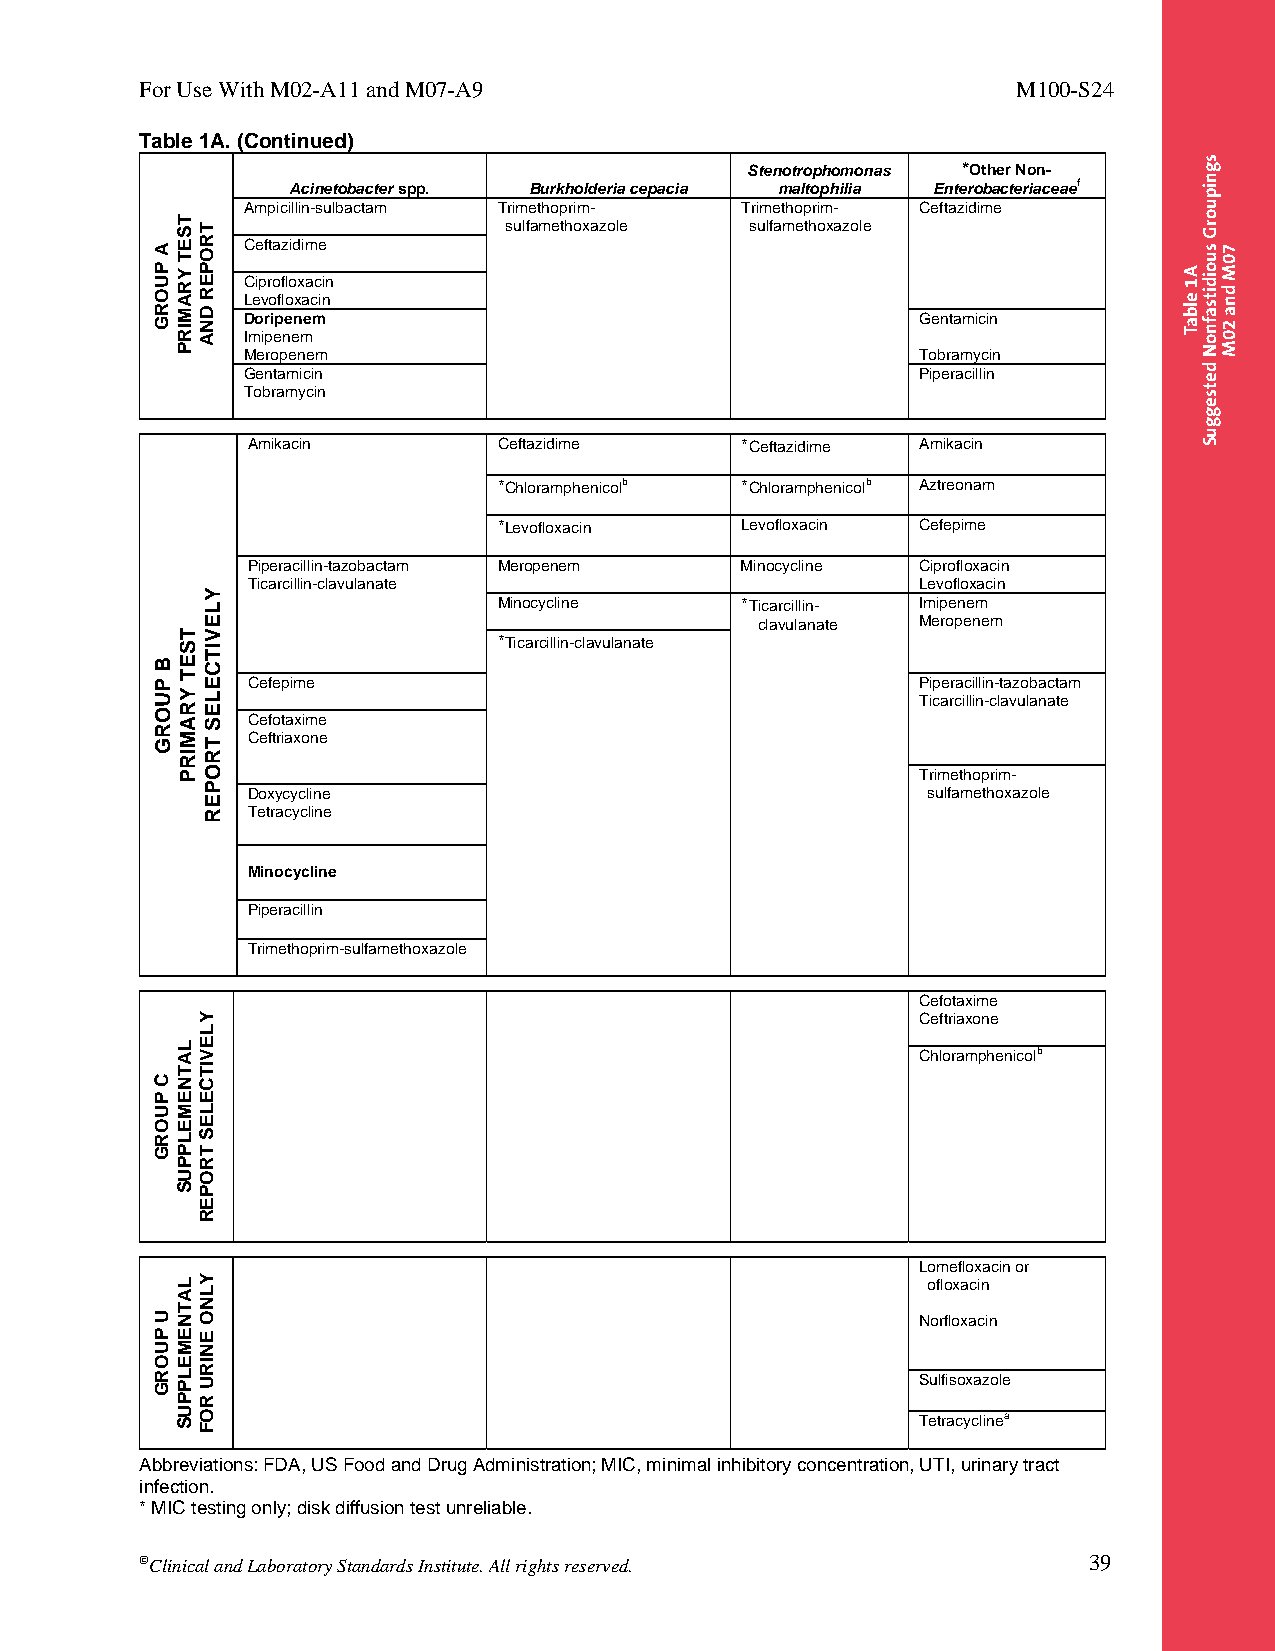
For Use With M02-A11 and M07-A9                           M100-S24
 Table 1A. (Continued)
 Stenotrophomonas *Other Non-
 Acinetobacter spp. Burkholderia cepacia maltophilia Enterobacteriaceaef
 Ampicillin-sulbactam Trimethoprim- Trimethoprim- Ceftazidime
 sulfamethoxazole sulfamethoxazole
 Ceftazidime
 Ciprofloxacin
 Levofloxacin
 Doripenem                                    Gentamicin
 Imipenem
 Meropenem                                    Tobramycin
 Gentamicin                                   Piperacillin
 Tobramycin
 Amikacin         Ceftazidime     *Ceftazidime Amikacin
 *Chloramphenicolb *Chloramphenicolb Aztreonam
 *Levofloxacin   Levofloxacin Cefepime
 Piperacillin-tazobactam Meropenem Minocycline Ciprofloxacin
 Ticarcillin-clavulanate                      Levofloxacin
 Minocycline     *Ticarcillin- Imipenem
 clavulanate Meropenem
 *Ticarcillin-clavulanate
 Cefepime                                     Piperacillin-tazobactam
 Ticarcillin-clavulanate
 Cefotaxime
 Ceftriaxone
 Trimethoprim-
 Doxycycline                                  sulfamethoxazole
 Tetracycline
 Minocycline
 Piperacillin
 Trimethoprim-sulfamethoxazole
 Cefotaxime
 Ceftriaxone
 Chloramphenicolb
 Lomefloxacin or
 ofloxacin
 Norfloxacin
 Sulfisoxazole
 Tetracyclinea
 Abbreviations: FDA, US Food and Drug Administration; MIC, minimal inhibitory concentration, UTI, urinary tract
 infection.
 * MIC testing only; disk diffusion test unreliable.
 Clinical and Laboratory Standards Institute. All rights reserved. 39
 Thisdocumentisprotectedbycopyright.
 PublishedOn1/1/2014.
 A
 PUORG
 B
 PUORG
 C
 PUORG
 U
 PUORG
 TSET
 YRAMIRP
 TSET
 YRAMIRP
 LATNEMELPPUS
 LATNEMELPPUS
 TROPER
 DNA
 YLEVITCELES
 TROPER
 YLEVITCELES
 TROPER
 YLNO
 ENIRU
 ROF
 A1
 elbaT
 sgnipuorG
 suoiditsafnoN
 detsegguS
 70M
 dna
 20M